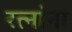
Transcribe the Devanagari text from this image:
रत्नांना